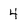
Character: 4